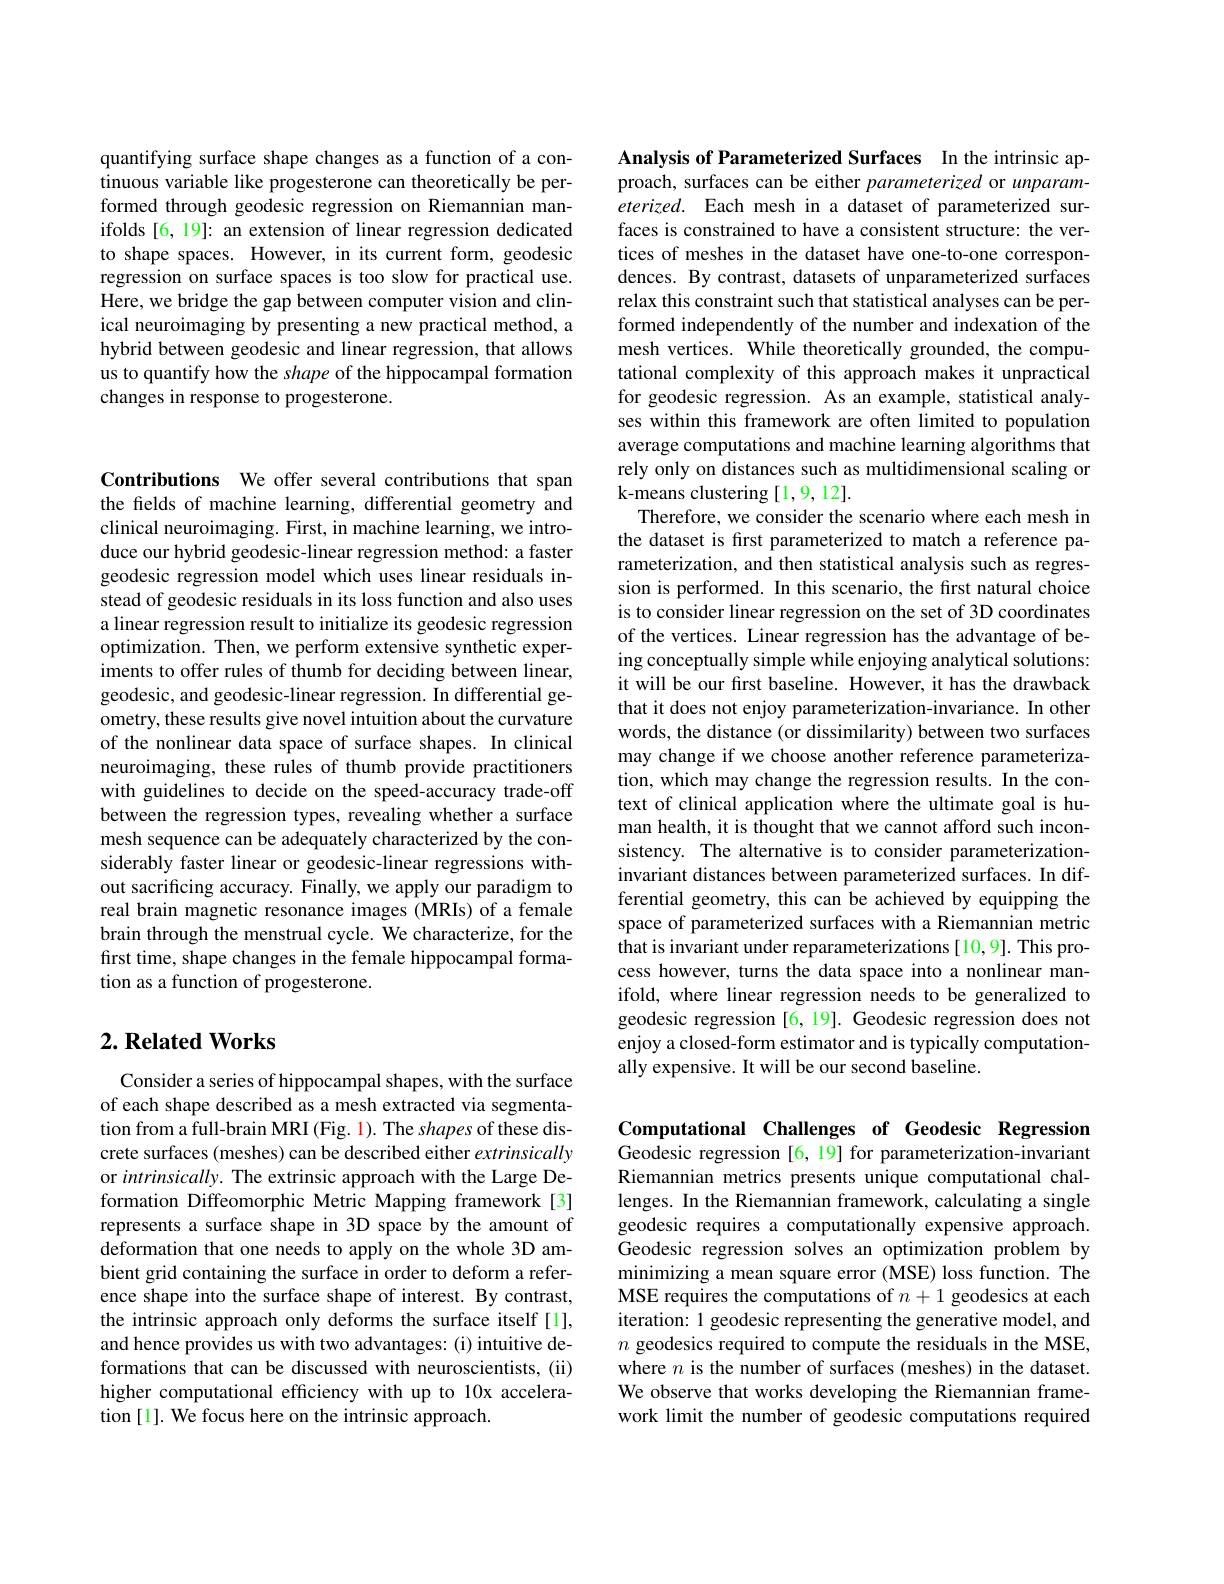
quantifying surface shape changes as a function of a continuous variable like progesterone can theoretically be performed through geodesic regression on Riemannian manifolds [6,19]: an extension of linear regression dedicated to shape spaces. However, in its current form, geodesic regression on surface spaces is too slow for practical use. Here, we bridge the gap between computer vision and clinical neuroimaging by presenting a new practical method, a hybrid between geodesic and linear regression, that allows us to quantify how the shape of the hippocampal formation changes in response to progesterone.

Contributions We offer several contributions that span the fields of machine learning, differential geometry and clinical neuroimaging. First, in machine learning, we introduce our hybrid geodesic-linear regression method: a faster geodesic regression model which uses linear residuals instead of geodesic residuals in its loss function and also uses a linear regression result to initialize its geodesic regression optimization. Then, we perform extensive synthetic experiments to offer rules of thumb for deciding between linear, geodesic, and geodesic-linear regression. In differential geometry, these results give novel intuition about the curvature of the nonlinear data space of surface shapes. In clinical neuroimaging, these rules of thumb provide practitioners with guidelines to decide on the speed-accuracy trade-off between the regression types, revealing whether a surface mesh sequence can be adequately characterized by the considerably faster linear or geodesic-linear regressions without sacrificing accuracy. Finally, we apply our paradigm to real brain magnetic resonance images (MRIs) of a female brain through the menstrual cycle. We characterize, for the first time, shape changes in the female hippocampal formation as a function of progesterone.

## $2. \textbf{ Related Works}$

Consider a series of hippocampal shapes, with the surface of each shape described as a mesh extracted via segmentation from a full-brain MRI (Fig. 1). The shapes of these discrete surfaces (meshes) can be described either extrinsically or intrinsically. The extrinsic approach with the Large Deformation Diffeomorphic Metric Mapping framework[3] represents a surface shape in 3D space by the amount of deformation that one needs to apply on the whole 3D ambient grid containing the surface in order to deform a reference shape into the surface shape of interest. By contrast, the intrinsic approach only deforms the surface itself [1], and hence provides us with two advantages: (i) intuitive deformations that can be discussed with neuroscientists, (ii) higher computational efficiency with up to 10x acceleration [ 1] . We focus here on the intrinsic approach.

Analysis of Parameterized Surfaces In the intrinsic approach, surfaces can be either parameterized or unparameterized. Each mesh in a dataset of parameterized surfaces is constrained to have a consistent structure: the vertices of meshes in the dataset have one-to-one correspondences. By contrast, datasets of unparameterized surfaces relax this constraint such that statistical analyses can be performed independently of the number and indexation of the mesh vertices. While theoretically grounded, the computational complexity of this approach makes it unpractical for geodesic regression. As an example, statistical analyses within this framework are often limited to population average computations and machine learning algorithms that rely only on distances such as multidimensional scaling or k-means clustering [1,9,12].
Therefore, we consider the scenario where each mesh in the dataset is first parameterized to match a reference parameterization, and then statistical analysis such as regression is performed. In this scenario, the first natural choice is to consider linear regression on the set of 3D coordinates of the vertices. Linear regression has the advantage of being conceptually simple while enjoying analytical solutions: it will be our first baseline. However, it has the drawback that it does not enjoy parameterization-invariance. In other words, the distance (or dissimilarity) between two surfaces may change if we choose another reference parameterization, which may change the regression results. In the context of clinical application where the ultimate goal is human health, it is thought that we cannot afford such inconsistency. The alternative is to consider parameterizationinvariant distances between parameterized surfaces. In differential geometry, this can be achieved by equipping the space of parameterized surfaces with a Riemannian metric that is invariant under reparameterizations[10,9]. This process however, turns the data space into a nonlinear manifold, where linear regression needs to be generalized to geodesic regression [6,19]. Geodesic regression does not enjoy a closed-form estimator and is typically computationally expensive. It will be our second baseline.

Computational Challenges of Geodesic Regression Geodesic regression [6,19] for parameterization-invariant Riemannian metrics presents unique computational challenges. In the Riemannian framework, calculating a single geodesic requires a computationally expensive approach. Geodesic regression solves an optimization problem by minimizing a mean square error (MSE) loss function. The MSE requires the computations of $n+1$ geodesics at each iteration: 1 geodesic representing the generative model, and $n$ geodesics required to compute the residuals in the MSE, where $n$ is the number of surfaces (meshes) in the dataset. We observe that works developing the Riemannian framework limit the number of geodesic computations required